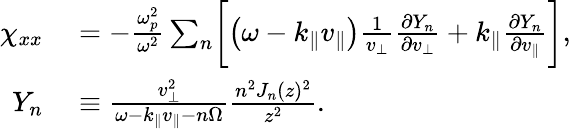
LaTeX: \begin{array}{rl}{\chi_{xx}}&{{}=-\frac{\omega_{p}^{2}}{\omega^{2}}\sum_{n}\biggl[\left(\omega-k_{\parallel}v_{\parallel}\right)\frac{1}{v_{\perp}}\frac{\partial Y_{n}}{\partial v_{\perp}}+k_{\parallel}\frac{\partial Y_{n}}{\partial v_{\parallel}}\biggr],}\\ {Y_{n}}&{{}\equiv\frac{v_{\perp}^{2}}{\omega-k_{\parallel}v_{\parallel}-n\Omega}\frac{n^{2}J_{n}(z)^{2}}{z^{2}}.}\end{array}